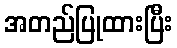
အတည်ပြုထားပြီး